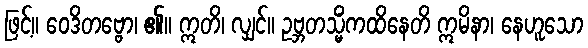
ဖြင့်။ ဝေဒိတဗ္ဗော၊ ၏။ ဣတိ၊ လျှင်။ ဥဗ္ဘတသ္မိံကထိနေတိ ဣမိနာ၊ နေဟူသော